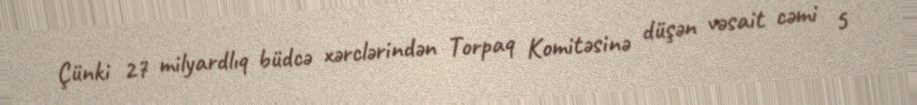
Çünki 27 milyardlıq büdcə xərclərindən Torpaq Komitəsinə düşən vəsait cəmi 5